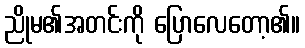
ညိုမ၏အတင်းကို ပြောလေတော့၏။